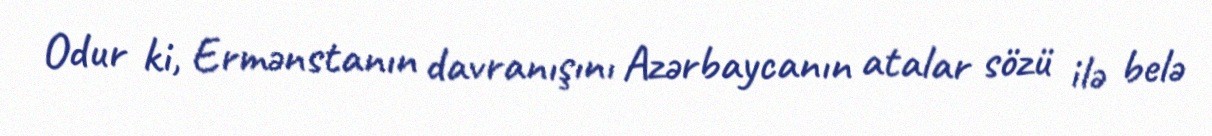
Odur ki, Ermənstanın davranışını Azərbaycanın atalar sözü ilə belə